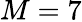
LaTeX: M=7